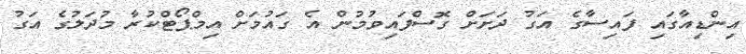
އިންޑިއާގައި ފައިސާގެ އަގު ދަށަށް ގޮސްފައިވުމުން އެ ގައުމަށް އިމްޕޯޓްކުރާ މުދަލުގެ އަގު